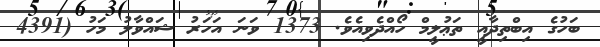
ބަހުގެ އިބްތިދާއީ ތަޢުލީމް ހޯއްދެވިއެވެ. 1373 ވަނަ އަހަރު ޝައްވާލު މަހު (4391